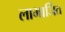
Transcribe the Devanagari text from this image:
लाभार्जित